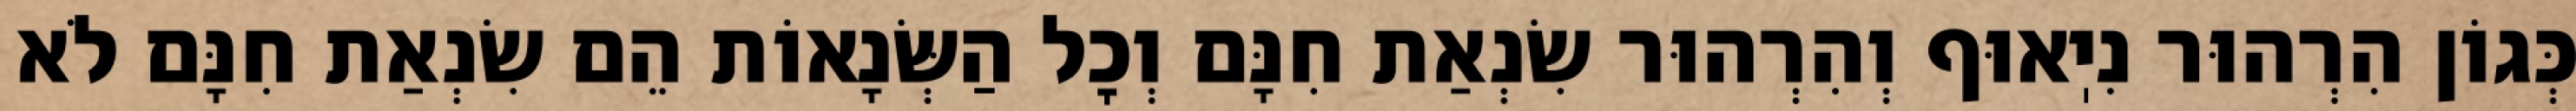
כְּגוֹן הִרְהוּר נִיֽאוּף וְהִרְהוּר שִׂנְאַת חִנָּם וְכׇל הַשְּׂנָאוֹת הֵם שִׂנְאַת חִנָּם לֹא